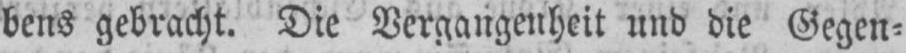
bens gebracht. Die Vergangenheit und die Gegen⸗